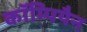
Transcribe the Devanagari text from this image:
कॉम्पियैन